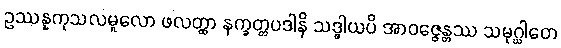
ဥဿန္နကုသလမူလော ဖလတ္ထာ နက္ခတ္တပဒါနိ သဒ္ဓါယပိ အာဝဇ္ဇေန္တဿ သမုဂ္ဃါတေ